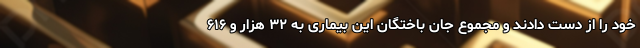
خود را از دست دادند و مجموع جان باختگان این بیماری به ۳۲ هزار و ۶۱۶